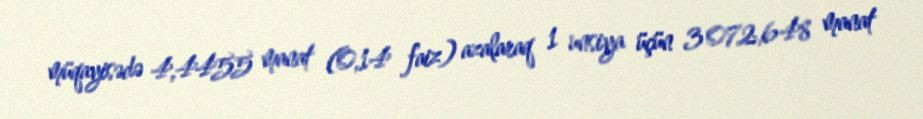
müqayisədə 4,4455 manat (0,14 faiz) azalaraq 1 unsiya üçün 3 072,648 manat